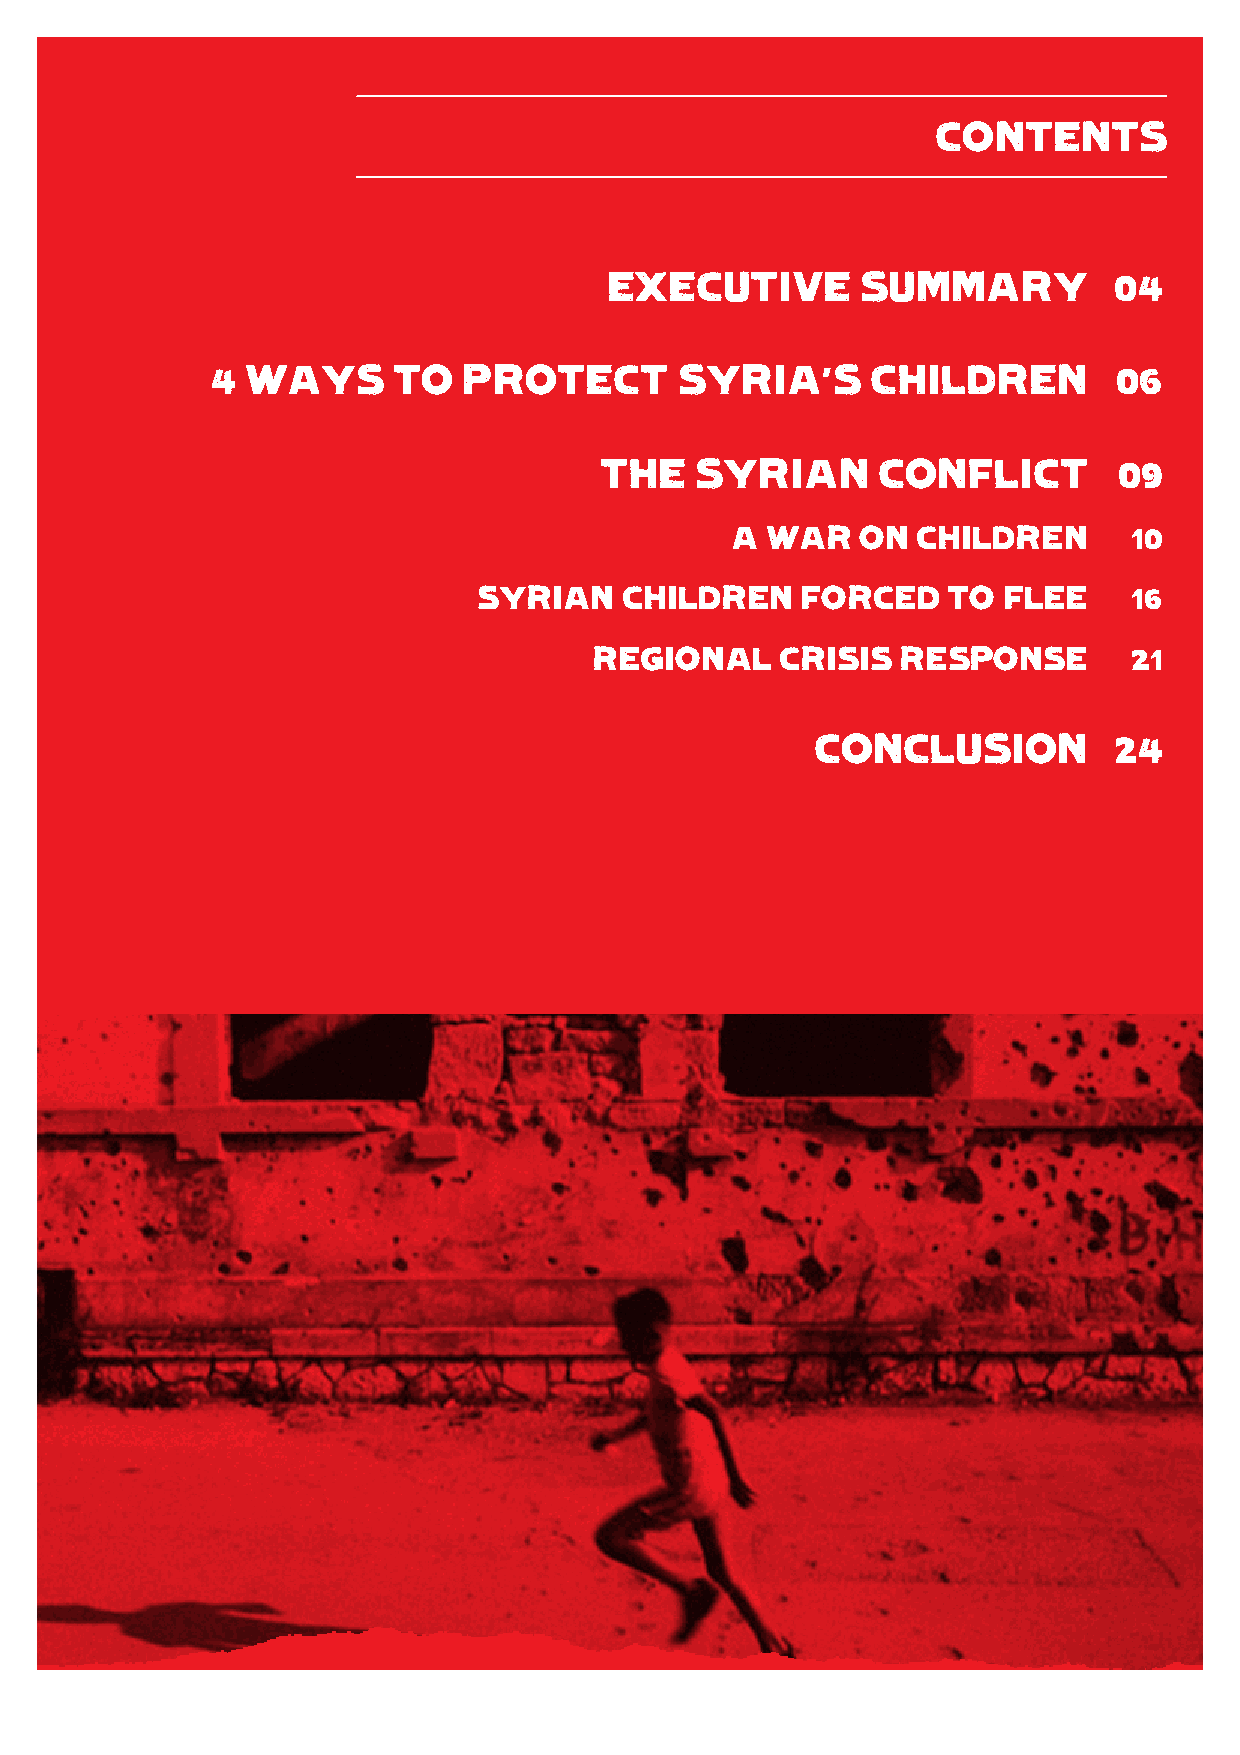
CONTENTS
 6 YEARS      ON   IN  SYRIA-
 EXECUTIVE        SUMMARY          04
 4 WAYS      TO   PROTECT       SYRIA’S      CHILDREN        06
 THE   SYRIAN      CONFLICT        09
 A  WAR   ON  CHILDREN      10
 SYRIAN   CHILDREN    FORCED    TO FLEE     16
 REGIONAL     CRISIS  RESPONSE       21
 CONCLUSION          24